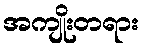
အကျိုးတရား